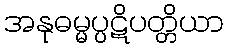
အနုဓမ္မပ္ပဋိပတ္တိယာ